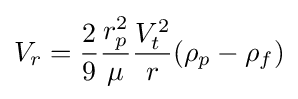
V_{r}={\frac {2}{9}}{\frac {r_{p}^{2}}{\mu }}{\frac {V_{t}^{2}}{r}}(\rho _{p}-\rho _{f})